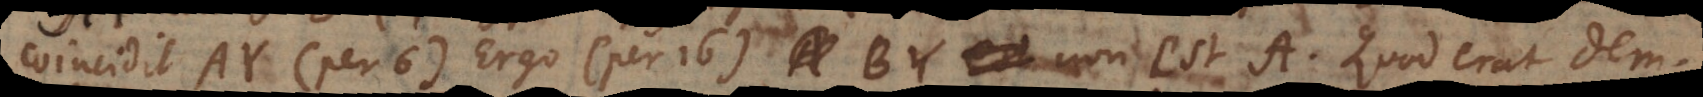
coincidit AY (per 6). Ergo (per 16) BY non est A. Quod erat dem.